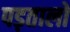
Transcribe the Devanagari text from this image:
पड़तालों